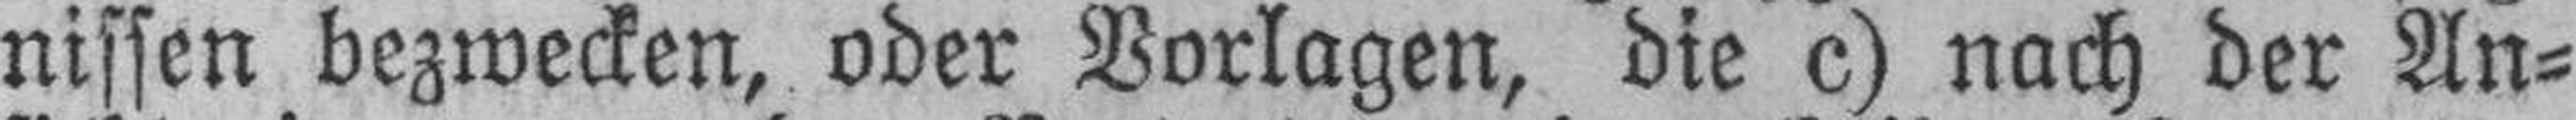
nissen bezwecken, oder Vorlagen, die c) nach der An¬